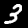
Label: 3